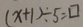
( x + 1 ) \div 5 = \square